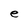
Character: e